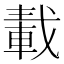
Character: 𨌏